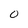
Character: 0